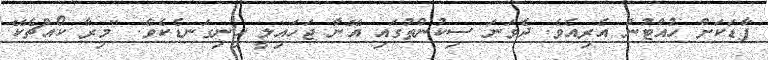
ފާޑަކަށް ހުއްޓުން އެރިއެވެ. ދެވަނަ ސިކުންތުގައި އޭނާ ޖަހައިލީ ހިނިގަނޑެކެވެ. "މިރާ ކޯއްޗެކޭ